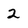
Character: 2